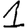
Digit: 1